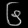
Digit: ၆